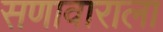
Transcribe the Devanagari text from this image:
सणावाराला